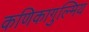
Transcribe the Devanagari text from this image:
कणिकागुल्मिय